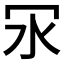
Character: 𠕽